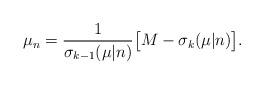
LaTeX: \begin{align*}\mu_{n}=\frac{1}{\sigma_{k-1}(\mu|n)}\big[M-\sigma_{k}(\mu|n)\big].\end{align*}